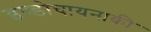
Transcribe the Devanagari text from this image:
इण्डोचायनाकी